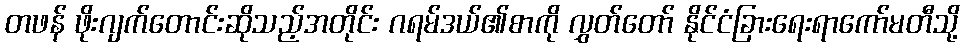
တဖန် ဖိုးဂျက်တောင်းဆိုသည့်အတိုင်း ဂရမ်ဒယ်၏စာကို လွှတ်တော် နိုင်ငံခြားရေးရာကော်မတီသို့